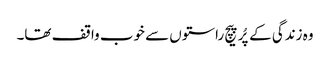
وہ زندگی کے پُرپیچ راستوں سے خوب واقف تھا۔